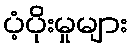
ပံ့ပိုးမှုများ